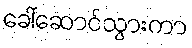
ခေါ်ဆောင်သွားကာ